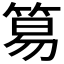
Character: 𥮬